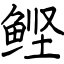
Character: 鲣